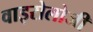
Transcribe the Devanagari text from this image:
वाइरोलोजी